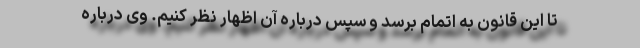
تا این قانون به اتمام برسد و سپس درباره آن اظهار نظر کنیم. وی درباره